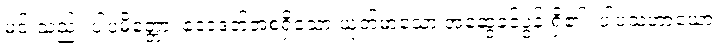
မင်းသည်။ ပါပမိတ္တော၊ ဒေဝဒတ်အစရှိသော ယုတ်မာသော အဆွေခင်ပွန်းရှိ၏။ ပါပသဟာယော၊